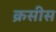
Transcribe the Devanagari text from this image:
क्रसीस